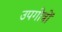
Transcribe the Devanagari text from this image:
उपगोत्रों